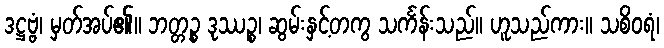
ဒဋ္ဌဗ္ဗံ၊ မှတ်အပ်၏။ ဘတ္တဉ္စ ဒုဿဉ္စ၊ ဆွမ်းနှင့်တကွ သင်္ကန်းသည်။ ဟူသည်ကား။ သစိဝရံ၊